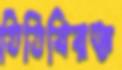
তিতিবিরক্ত